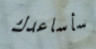
سأساعدك